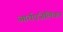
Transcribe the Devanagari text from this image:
आर्चएंजेलिका